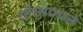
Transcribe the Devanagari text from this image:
पोसणारे